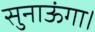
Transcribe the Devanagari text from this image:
सुनाऊंगा।